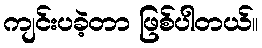
ကျင်းပခဲ့တာ ဖြစ်ပါတယ်။